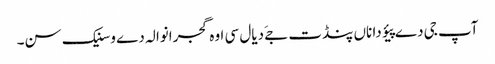
آپ جی دے پیؤ دا ناں پنڈت جےَ دیال سی اوہ گجرانوالہ دے وسنیک سن۔